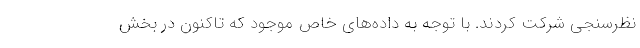
نظرسنجی شرکت کردند. با توجه به داده‌های خاص موجود که تاکنون در بخش